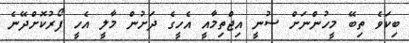
ބިކަވެ ތިބޭ މީހުންނަށް ސުނީ އިޖްތިމާއީ އެހީގެ ދަށުން މާލީ އެހީ ފޯރުކޮށްދޭނެ